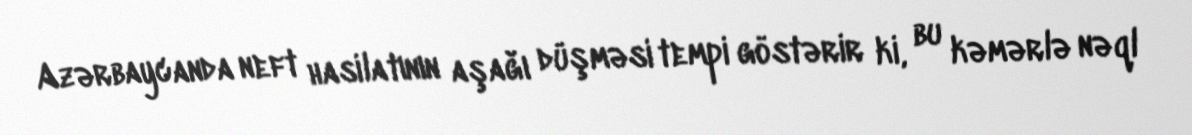
Azərbaycanda neft hasilatının aşağı düşməsi tempi göstərir ki, bu kəmərlə nəql